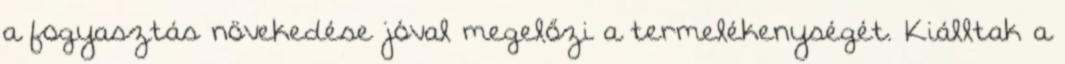
a fogyasztás növekedése jóval megelőzi a termelékenységét. Kiálltak a